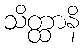
သိတ္ထာနိ